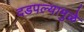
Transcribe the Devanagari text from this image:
दडपल्यामुळे